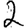
Digit: 2